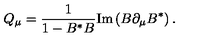
Q _ { \mu } = { \frac { 1 } { 1 - B ^ { * } B } } \mathrm { I m } \left( B \partial _ { \mu } B ^ { * } \right) .